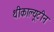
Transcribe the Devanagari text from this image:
थीकाल्यूटीन